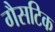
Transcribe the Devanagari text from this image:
गैसटिक